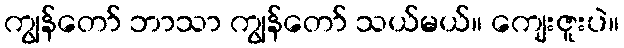
ကျွန်တော် ဘာသာ ကျွန်တော် သယ်မယ်။ ကျေးဇူးပဲ။